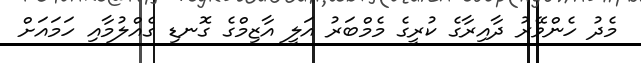
މެދު ހެންވޭރު ދާއިރާގެ ކުރީގެ މެމްބަރު އަލީ އާޒިމްގެ ގޮނޑި ގެއްލުމާއި ހަމަައަށް